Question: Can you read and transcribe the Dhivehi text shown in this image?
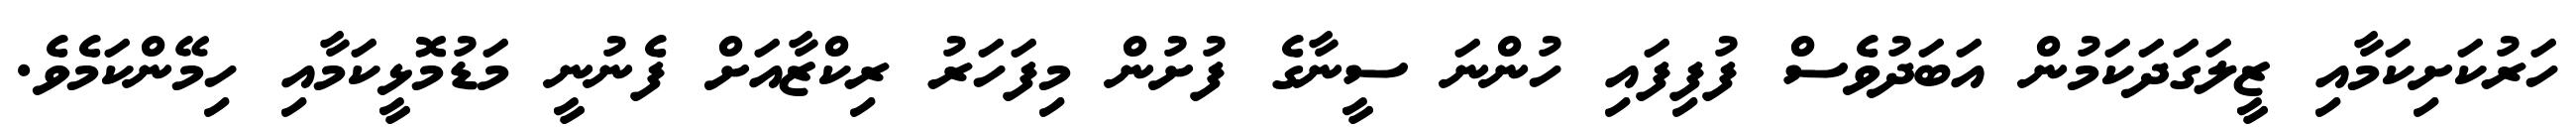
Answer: ހަރުކަށިކަމާއި ޒީލަގަދަކަމުން އަބަދުވެސް ފުފިފައި ހުންނަ ސީނާގެ ފުށުން މިފަހަރު ރިކްޒާއަށް ފެނުނީ މަޑުމޮޅީކަމާއި ހިމޭންކަމެވެ.